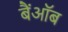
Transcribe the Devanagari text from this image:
बैंऑब